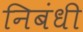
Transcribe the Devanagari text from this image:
निबंधी